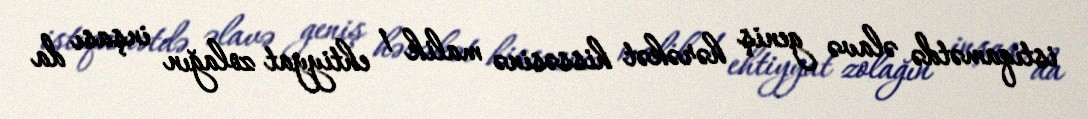
istiqamətdə əlavə geniş hərəkət hissəsinə malik 1 ehtiyyat zolağın inşası da